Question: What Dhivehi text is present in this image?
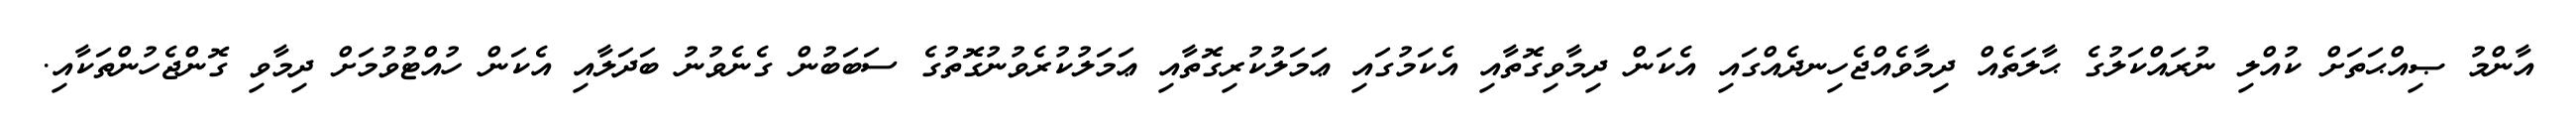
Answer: އާންމު ޞިއްޙަތަށް ކުއްލި ނުރައްކަލުގެ ޙާލަތެއް ދިމާވެއްޖެހިނދެއްގައި އެކަން ދިމާވިގޮތާއި އެކަމުގައި ޢަމަލުކުރިގޮތާއި ޢަމަލުކުރެވުނުގޮތުގެ ސަބަބުން ގެނެވުނު ބަދަލާއި އެކަން ހުއްޓުވުމަށް ދިމާވި ގޮންޖެހުންތަކާއި.